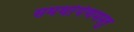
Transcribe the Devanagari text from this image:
समर्थार्पणमस्तु